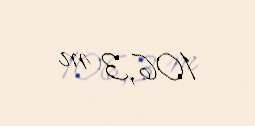
106,3 m